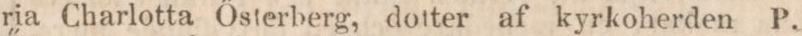
ria Charlotta Ősterberg, dotter af kyrkoherden P.